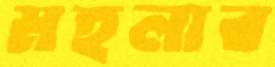
মহলার